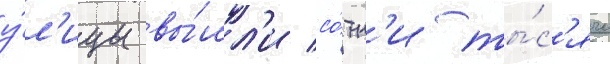
у́л'ицы вы́шл'и со́тн'и ты́с'ячи